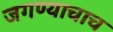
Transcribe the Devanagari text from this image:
जगण्याचाच